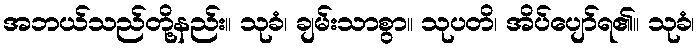
အဘယ်သည်တို့နည်း။ သုခံ၊ ချမ်းသာစွာ။ သုပတိ၊ အိပ်ပျော်ရ၏။ သုခံ၊